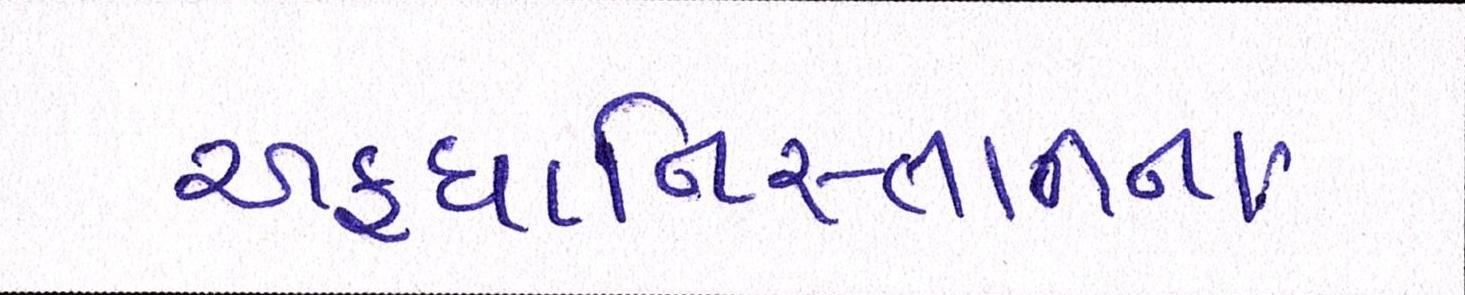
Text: અફઘાનિસ્તાનના